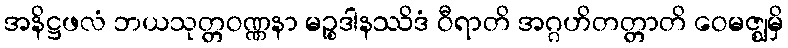
အနိဋ္ဌဖလံ ဘယသုတ္တဝဏ္ဏနာ မဉ္စဒါနဿိဒံ ဝီရာတိ အဂ္ဂဟိတတ္တာတိ ဝေမဇ္ဈမှိ